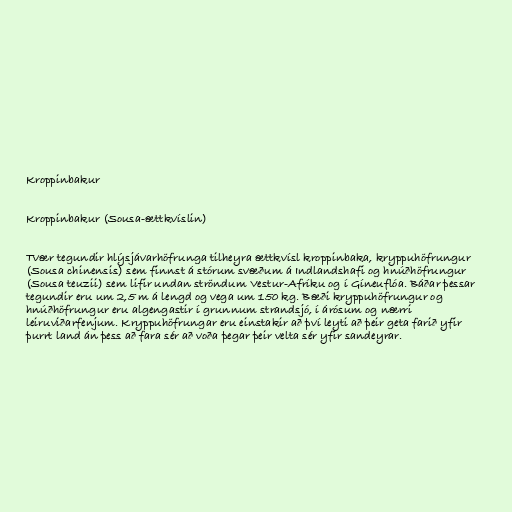
Kroppinbakur

Kroppinbakur (Sousa-ættkvíslin)

Tvær tegundir hlýsjávarhöfrunga tilheyra ættkvísl kroppinbaka, kryppuhöfrungur
(Sousa chinensis) sem finnst á stórum svæðum á Indlandshafi og hnúðhöfrungur
(Sousa teuzii) sem lifir undan ströndum Vestur-Afríku og í Gíneuflóa. Báðar þessar
tegundir eru um 2,5 m á lengd og vega um 150 kg. Bæði kryppuhöfrungur og
hnúðhöfrungur eru algengastir í grunnum strandsjó, í árósum og nærri
leiruviðarfenjum. Kryppuhöfrungar eru einstakir að því leyti að þeir geta farið yfir
þurrt land án þess að fara sér að voða þegar þeir velta sér yfir sandeyrar.